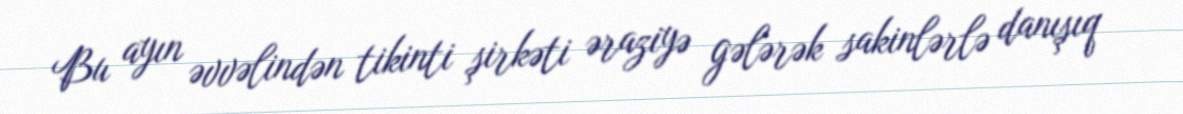
Bu ayın əvvəlindən tikinti şirkəti əraziyə gələrək sakinlərlə danışıq